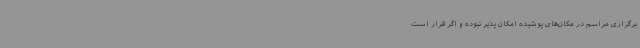
برگزاری مراسم در مکان‌های پوشیده امکان پذیر نبوده و اگر قرار است